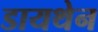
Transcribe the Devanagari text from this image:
डायथेन